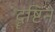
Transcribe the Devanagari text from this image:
दॄष्टिने